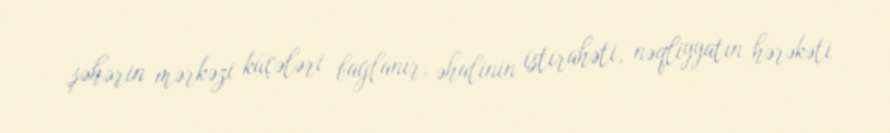
şəhərin mərkəzi küçələri bağlanır, əhalinin istirahəti, nəqliyyatın hərəkəti